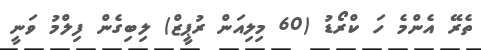
ތެރޭ އެންމެ ހަ ކްރޯޑު (60 މިލިއަން ރުޕީޒް) ލިބިގެން ފިލްމު ވަނީ